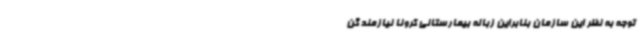
توجه به نظر این سازمان بنابراین زباله بیمارستانی کرونا نیازمند گن